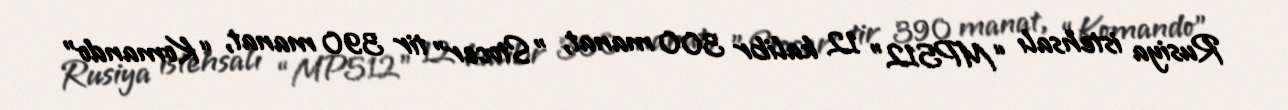
Rusiya istehsalı “MP512" 12 kalibr 300 manat, ”Stocer" tir 390 manat, “Komando”